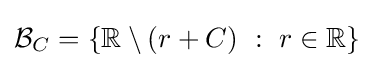
{\mathcal {B}}_{C}=\{\mathbb {R} \setminus (r+C)~:~r\in \mathbb {R} \}